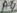
Text: A4